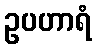
ဥပဟာရံ